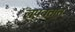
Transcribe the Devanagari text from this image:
लपवतात